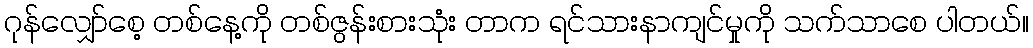
ဂုန်လျှော်စေ့ တစ်နေ့ကို တစ်ဇွန်းစားသုံး တာက ရင်သားနာကျင်မှုကို သက်သာစေ ပါတယ်။